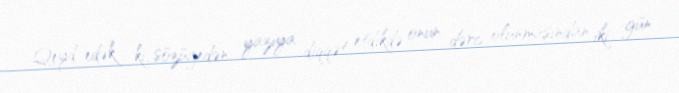
Qeyd edək ki, sözügedən yazıya diqqət etdikdə onun dərc olunmasından iki gün